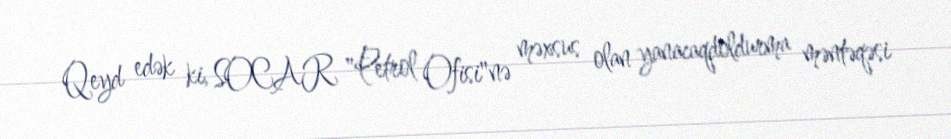
Qeyd edək ki, SOCAR "Petrol Ofisi"nə məxsus olan yanacaqdoldurma məntəqəsi